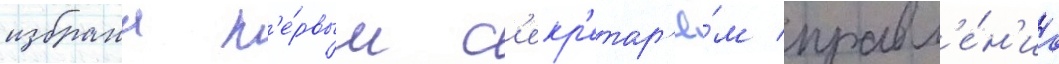
избрана п'е́рвым с'екр'етар'ё́м правл'е́н'иа